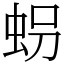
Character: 𧊅